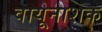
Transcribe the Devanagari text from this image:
वायूनाशक